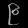
Digit: ၉